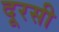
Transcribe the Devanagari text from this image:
दूरसी